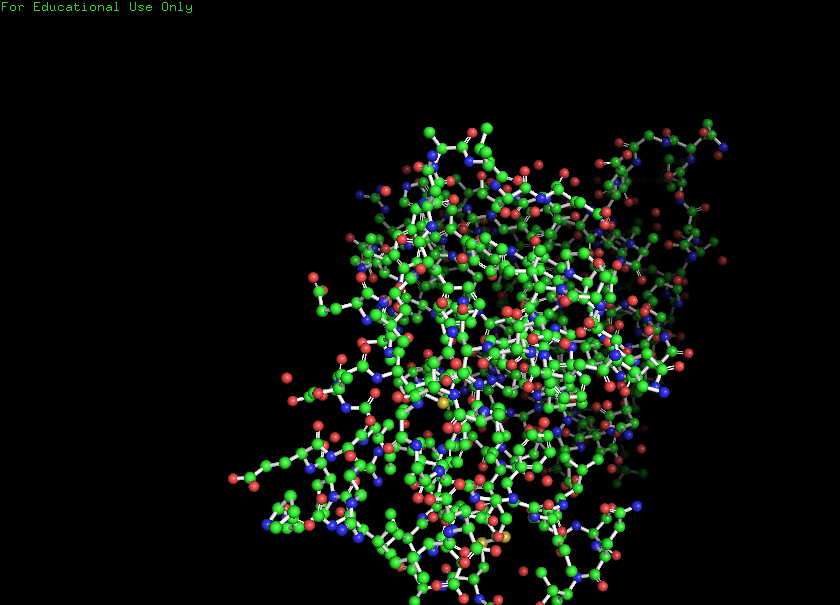
pymol, preset, ball_and_stick